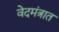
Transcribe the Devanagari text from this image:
वेदमंत्रात